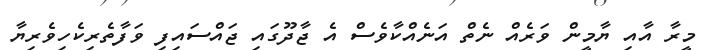
މީރާ އާއި ޔާމީން ވަރެއް ނެތް އަނެއްކާވެސް އެ ޖާދޫގައި ޖައްސައިފި ވަފާތެރިކެހިވެރިޔާ